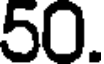
50.